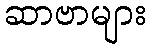
ဆာဗာများ